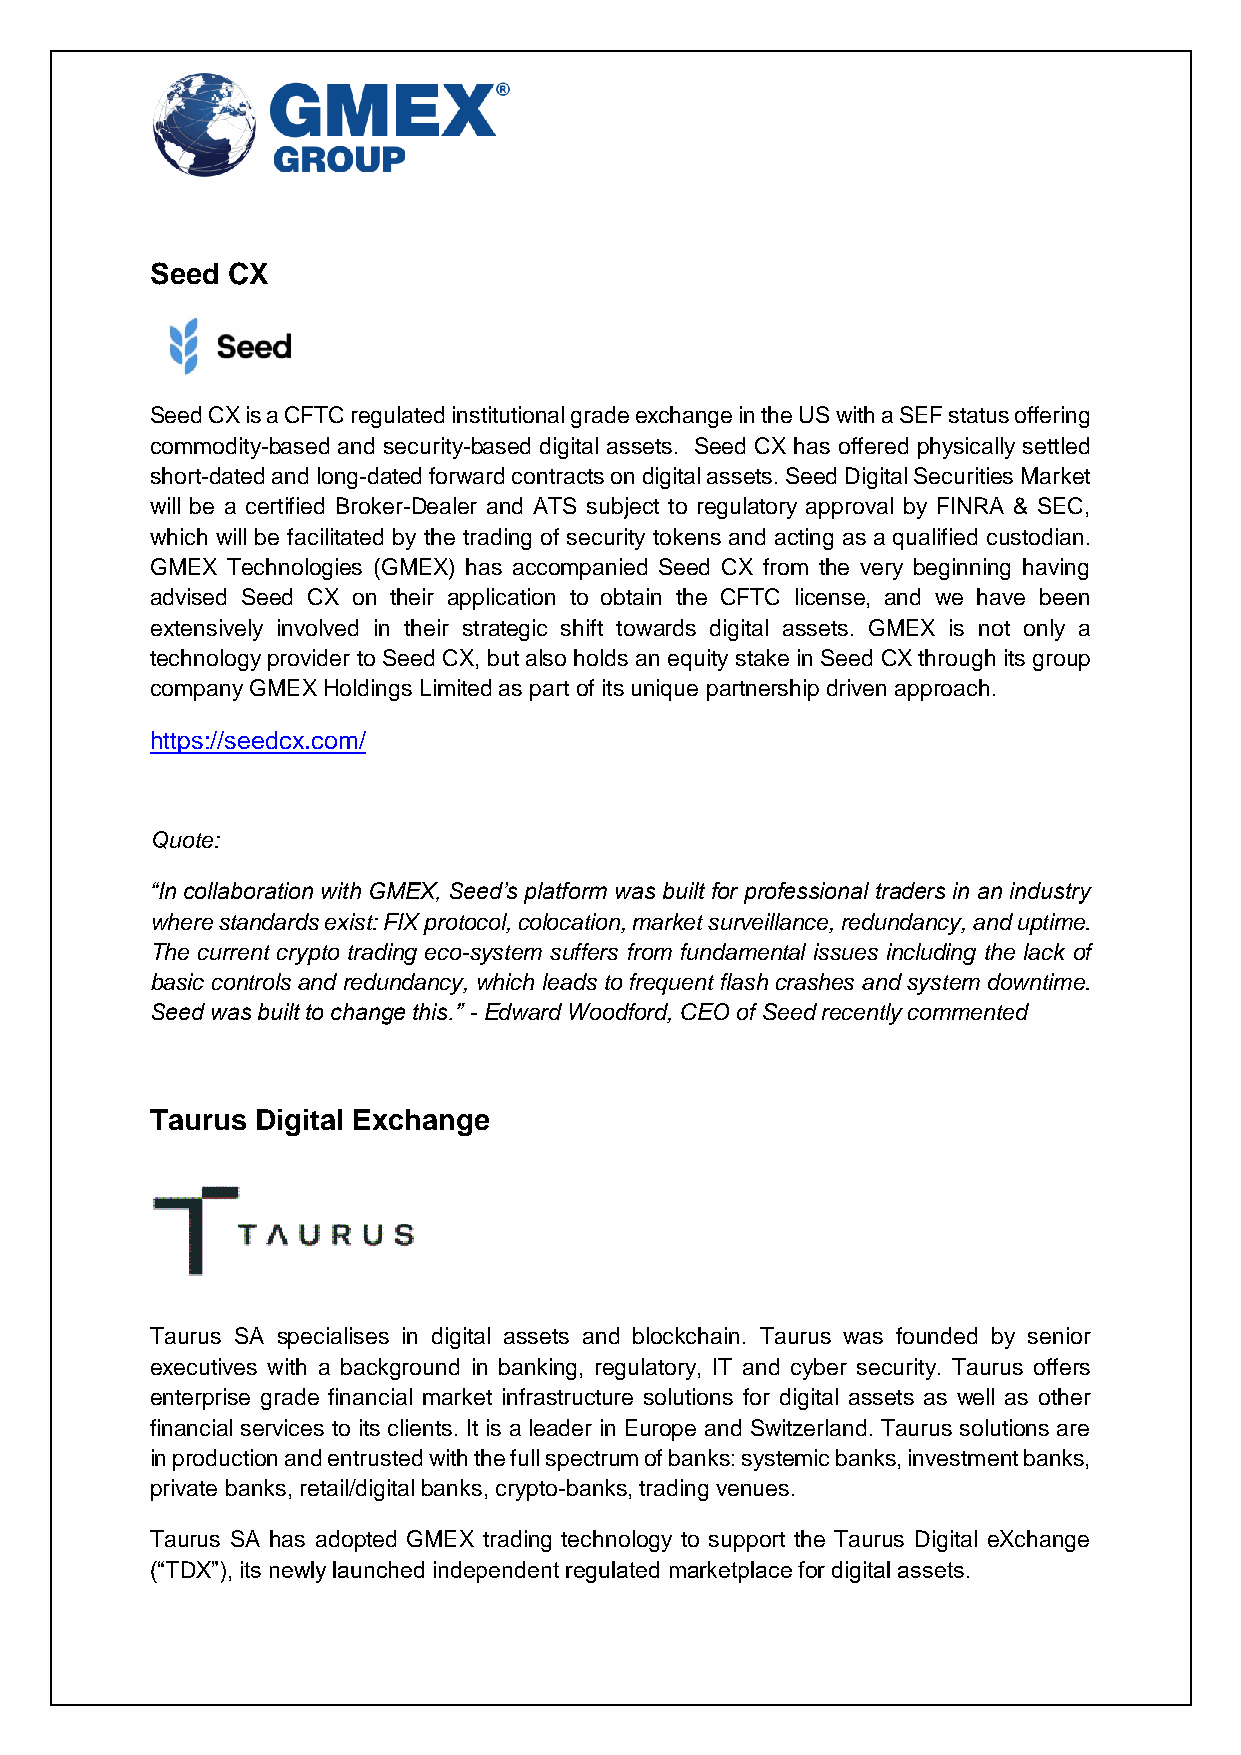
Seed CX
 Seed CX is a CFTC regulated institutional grade exchange in the US with a SEF status offering
 commodity-based and security-based digital assets. Seed CX has offered physically settled
 short-dated and long-dated forward contracts on digital assets. Seed Digital Securities Market
 will be a certified Broker-Dealer and ATS subject to regulatory approval by FINRA & SEC,
 which will be facilitated by the trading of security tokens and acting as a qualified custodian.
 GMEX Technologies (GMEX) has accompanied Seed CX from the very beginning having
 advised Seed CX on their application to obtain the CFTC license, and we have been
 extensively involved in their strategic shift towards digital assets. GMEX is not only a
 technology provider to Seed CX, but also holds an equity stake in Seed CX through its group
 company GMEX Holdings Limited as part of its unique partnership driven approach.
 https://seedcx.com/
 Quote:
 “In collaboration with GMEX, Seed’s platform was built for professional traders in an industry
 where standards exist: FIX protocol, colocation, market surveillance, redundancy, and uptime.
 The current crypto trading eco-system suffers from fundamental issues including the lack of
 basic controls and redundancy, which leads to frequent flash crashes and system downtime.
 Seed was built to change this.” - Edward Woodford, CEO of Seed recently commented
 Taurus Digital Exchange
 Taurus SA specialises in digital assets and blockchain. Taurus was founded by senior
 executives with a background in banking, regulatory, IT and cyber security. Taurus offers
 enterprise grade financial market infrastructure solutions for digital assets as well as other
 financial services to its clients. It is a leader in Europe and Switzerland. Taurus solutions are
 in production and entrusted with the full spectrum of banks: systemic banks, investment banks,
 private banks, retail/digital banks, crypto-banks, trading venues.
 Taurus SA has adopted GMEX trading technology to support the Taurus Digital eXchange
 (“TDX”), its newly launched independent regulated marketplace for digital assets.